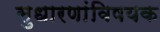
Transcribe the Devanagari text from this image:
सुधारणांविषयक